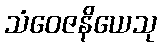
သံဝေဇနိယေသု